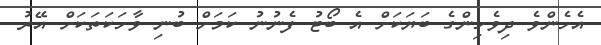
އެހެންވެ ދިވެހިންގެ ބަޔަކަށް އެ ބޯޓު ފެނުނު ކަމަށް ބުނި ވާހަކަތަކަށް އޭރު